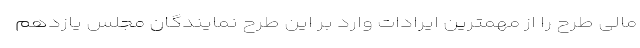
مالی طرح را از مهمترین ایرادات وارد بر این طرح نمایندگان مجلس یازدهم